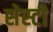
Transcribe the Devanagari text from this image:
सेस्टी